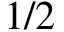
1 / 2